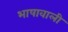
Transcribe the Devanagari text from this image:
भाषावाली